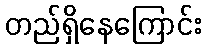
တည်ရှိနေကြောင်း